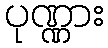
ပုဏ္ဏား